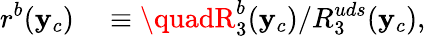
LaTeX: r^{b}(\mathbf{y}_{c})\quad\equiv\quadR_{3}^{b}(\mathbf{y}_{c})/R_{3}^{uds}(\mathbf{y}_{c}),